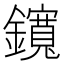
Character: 鑧